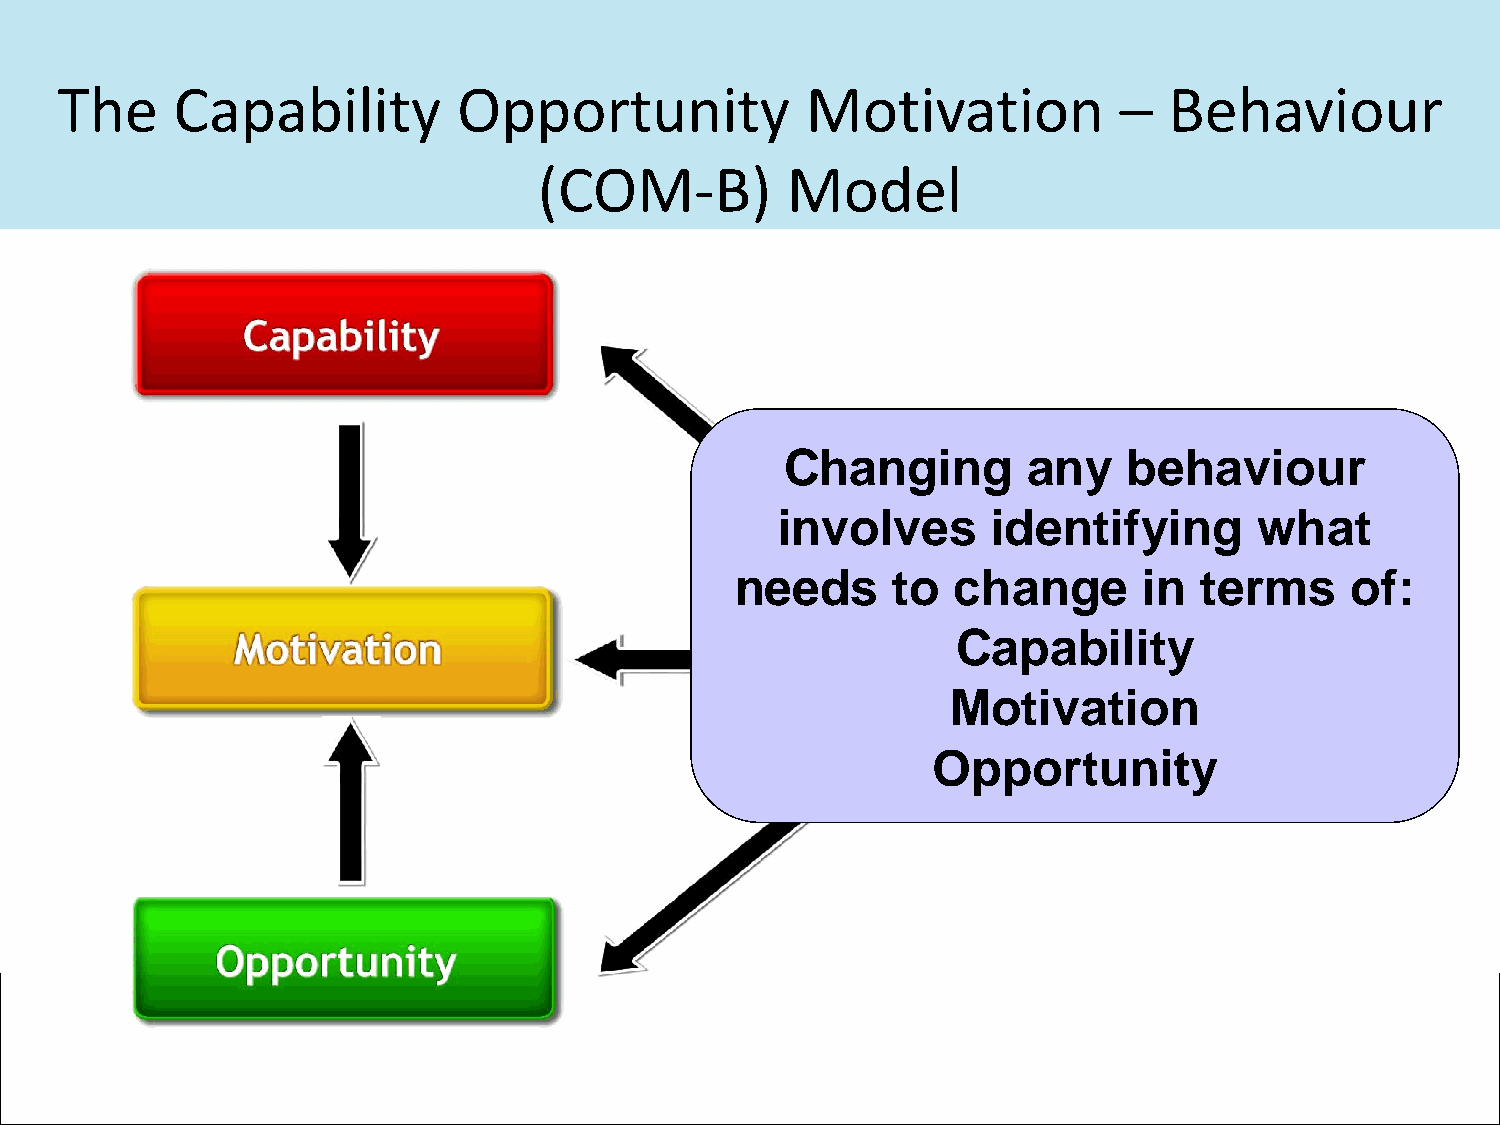
The    Capability         Opportunity            Motivation           –  Behaviour
 (COM-B)         Model
 Changing        any    behaviour
 involves       identifying      what
 needs     to  change       in  terms    of:
 Capability
 Motivation
 Opportunity